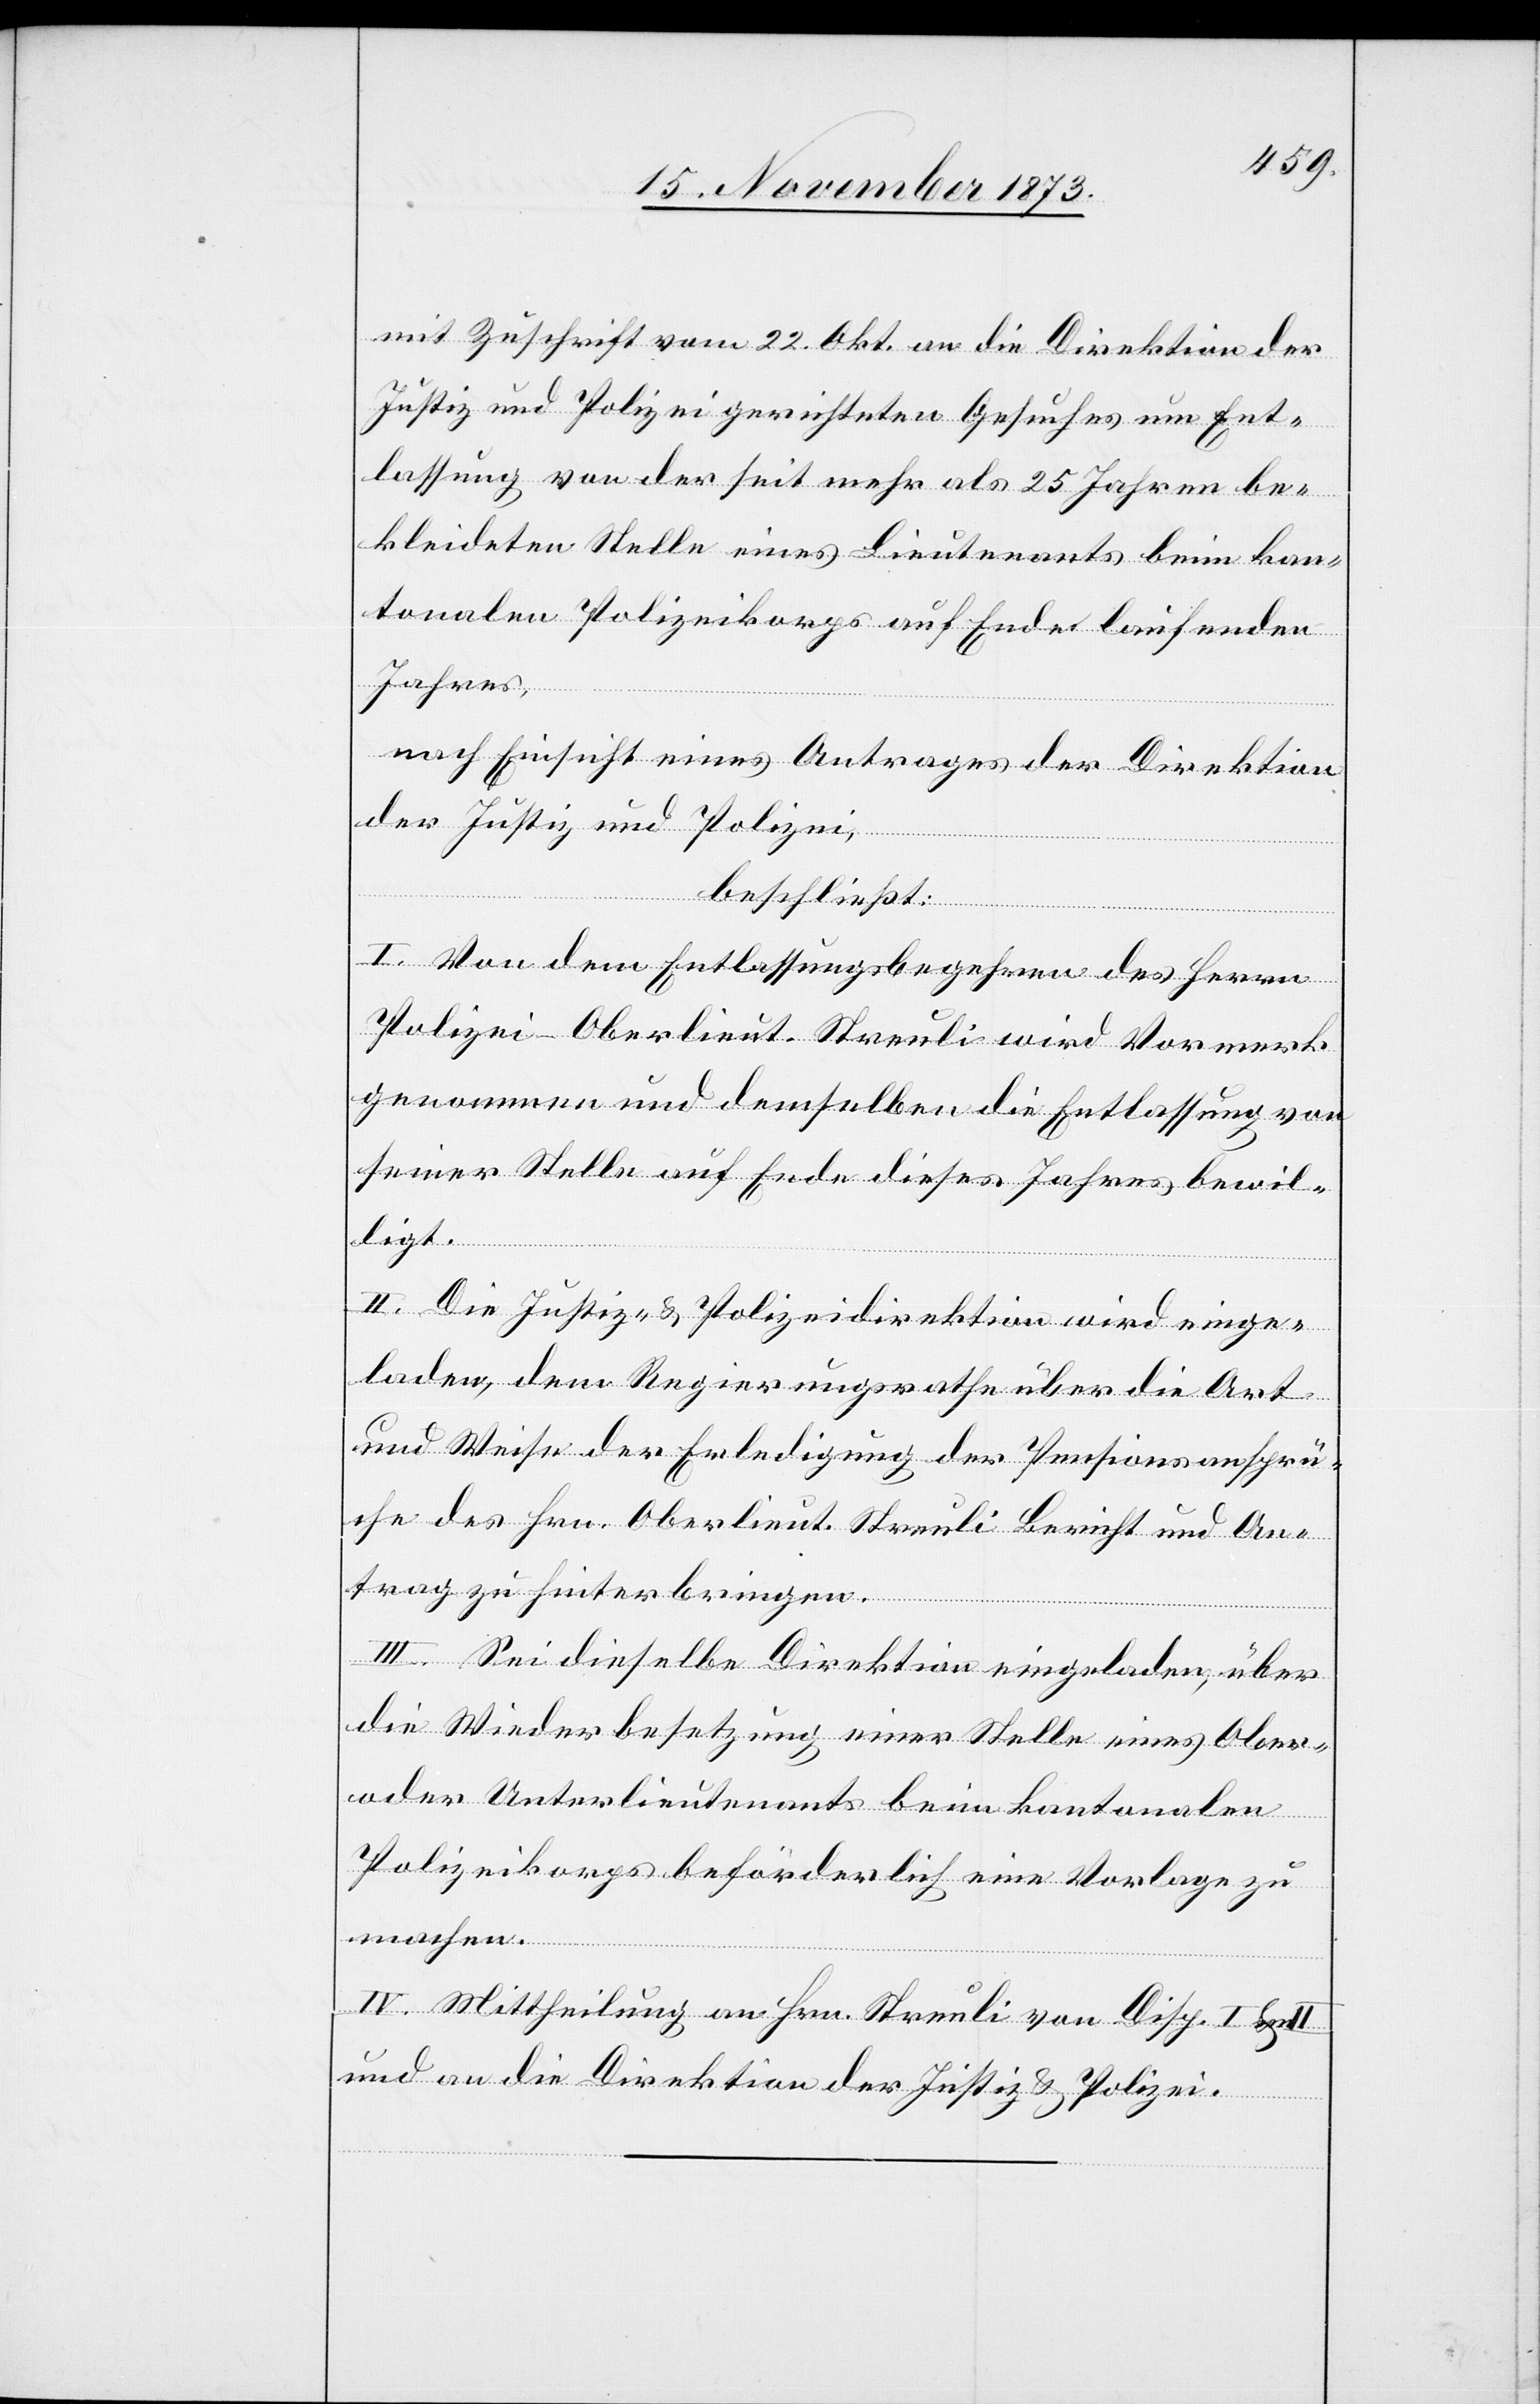
mit Zuschrift vom 22. Okt. an die Direktion der
Justiz und Polizei gerichteten Gesuches um Ent¬
lassung von der seit mehr als 25 Jahren be¬
kleideten Stelle eines Lieutenants beim kan¬
tonalen Polizeikorps auf Ende laufenden
Jahres,
nach Einsicht eines Antrages der Direktion
der Justiz und Polizei,
beschließt:
I. Von dem Entlassungsbegehren des Herrn
Polizei-Oberlieut. Streuli wird Vormerk
genommen und demselben die Entlassung von
seiner Stelle auf Ende dieses Jahres bewil¬
ligt.
II. Die Justiz- & Polizeidirektion wird einge¬
laden, dem Regierungsrathe über die Art
und Weise der Erledigung der Pensionsansprü¬
che des Hrn. Oberlieut. Streuli Bericht und An¬
trag zu hinterbringen.
III. Sei dieselbe Direktion eingeladen, über
die Wiederbesetzung einer Stelle eines Ober-
oder Unterlieutenants beim kantonalen
Polizeikorps beförderlich eine Vorlage zu
machen.
IV. Mittheilung an Hrn. Streuli von Disp. I &
und an die Direktion der Justiz & Polizei.